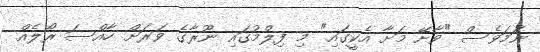
ނަމަވެސް "ވާށޭ މަށާ އެކީގައި" މި ފިލްމުގައި ނޫރާގެ ވަރަށް ހާއްސަ ރޯލެއް